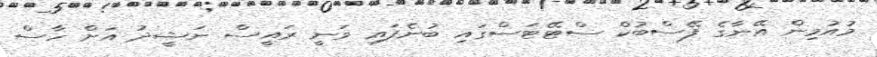
މުއުމިން އޭނާގެ ފޭސްބުކް ސްޓޭޓަސްގައި ބުނެފައި ވަނީ ރައީސް ނަޝީދު އަށް ހާސް